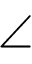
\angle